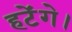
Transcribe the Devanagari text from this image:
हटेंगे।